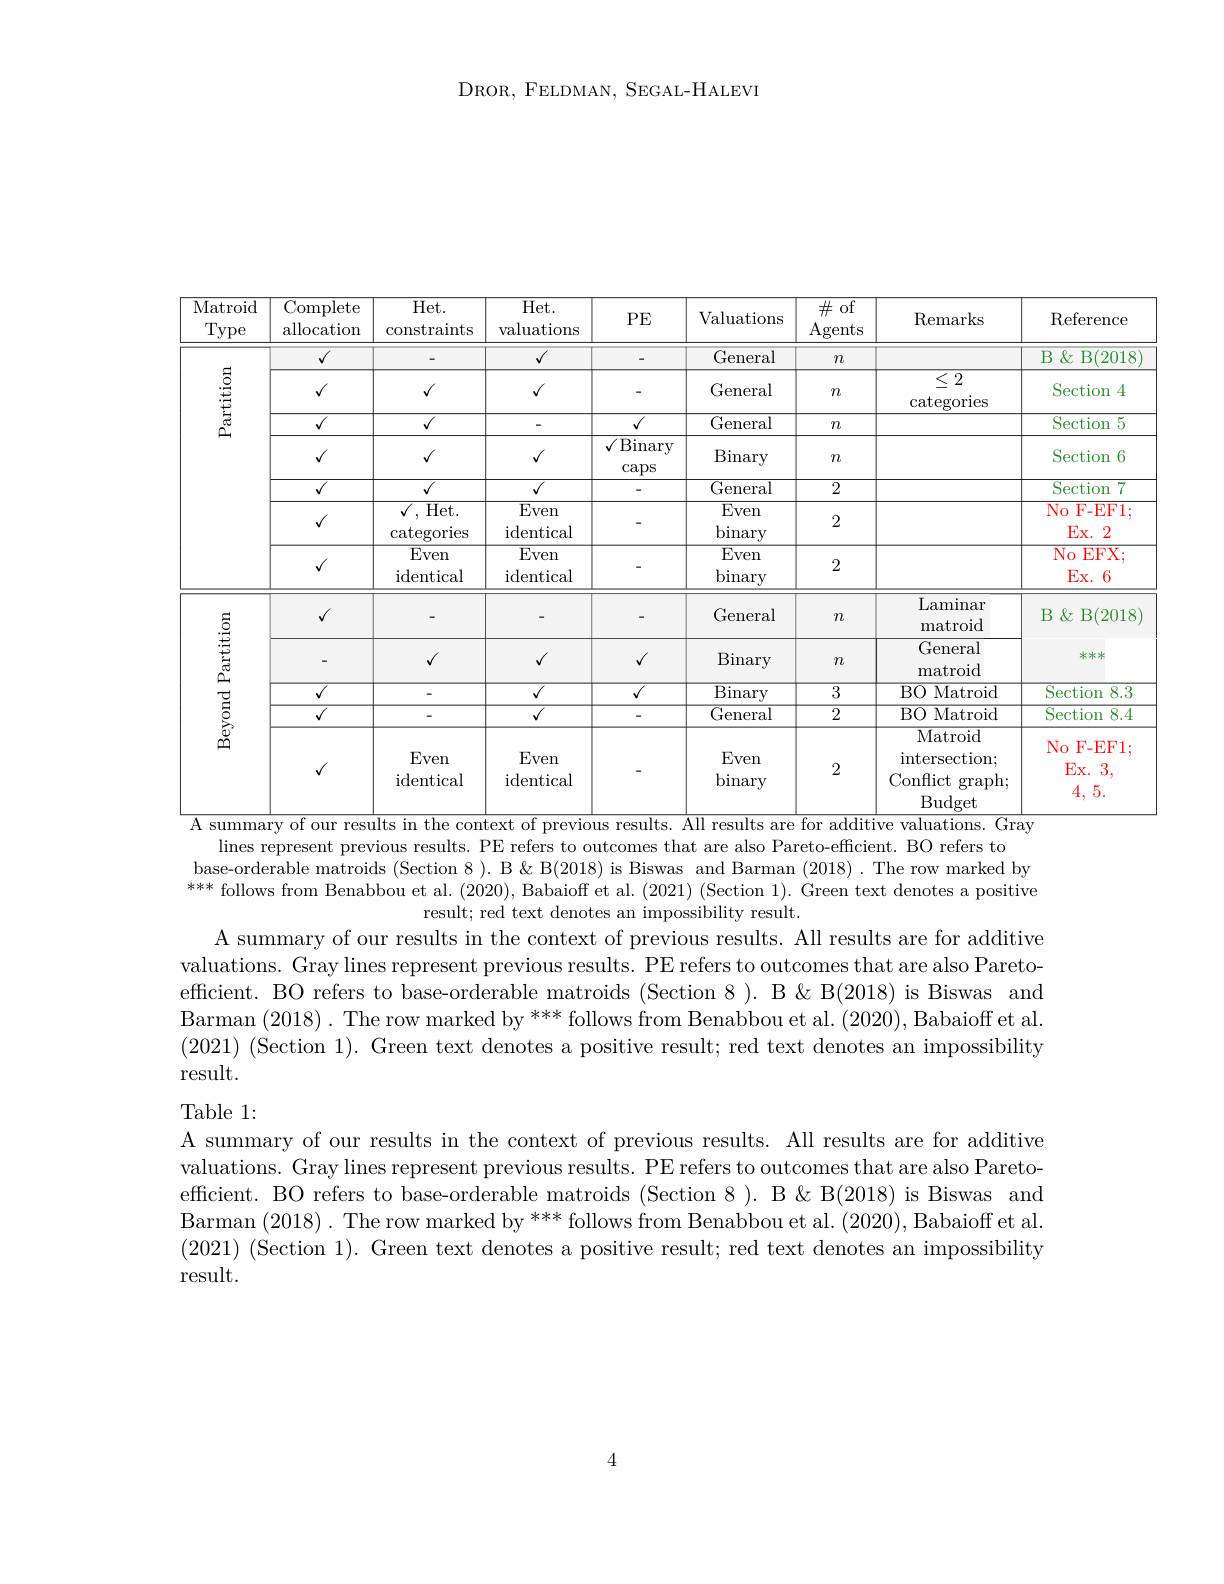
DROR, FELDMAN, SEGAL- HALEVI

<table>
	<tbody>
		<tr>
			<th>Matroid $\underline{\mathrm{Type}}$</th>
			<th>${\mathrm{Complete}}$ allocation</th>
			<th>Het. constraints</th>
			<th>${\mathrm{Het}}.$ valuations</th>
			<th>PE</th>
			<th>Valuations</th>
			<th>$\#$of $\underline{\mathrm{Agents}}$</th>
			<th>Remarks</th>
			<th>Ref$\epsilon$</th>
			<th>$\operatorname{Reference}$</th>
		</tr>
		<tr>
			<td rowspan="7">Partition</td>
			<td>$√$</td>
			<td>一</td>
			<td>$√$</td>
			<td> </td>
			<td>General</td>
			<td>$n$</td>
			<td> </td>
			<td>$\overline{\text{B }\&}$</td>
			<td>$B$ $\&$ B( 2018</td>
		</tr>
		<tr>
			<td>$√$</td>
			<td>$√$</td>
			<td>$√$</td>
			<td>-</td>
			<td>General</td>
			<td>$m$</td>
			<td>$\overline{\leq2}$ categories</td>
			<td>Sec</td>
			<td>Section 4</td>
		</tr>
		<tr>
			<td>$√$</td>
			<td>$\sqrt{v}$</td>
			<td> </td>
			<td>$\sqrt{\sqrt{1}}$</td>
			<td>${\mathrm{General}}$</td>
			<td>$n$</td>
			<td> </td>
			<td>$\overline{\mathrm{Sect}}$</td>
			<td>Section 5</td>
		</tr>
		<tr>
			<td>$√$</td>
			<td>$√$</td>
			<td>$√$</td>
			<td>${\sqrt{\mathrm{Binary}}}$ $\operatorname{caps}$</td>
			<td>Binary</td>
			<td>$m$</td>
			<td> </td>
			<td>Sec</td>
			<td>Section 6</td>
		</tr>
		<tr>
			<td>$\overline{{\sqrt{7}}}$</td>
			<td>$\overline{{\sqrt{1}}}$</td>
			<td>${\overline{{\sqrt{2}}}}$</td>
			<td> </td>
			<td>${\overline{{\mathrm{General}}}}$</td>
			<td>2</td>
			<td> </td>
			<td>$\overline{\mathrm{Sect}}$</td>
			<td>Section 7</td>
		</tr>
		<tr>
			<td>$√$</td>
			<td>Het. $\operatorname{categories}$</td>
			<td>Even $\operatorname{identical}$</td>
			<td> </td>
			<td>Even binary</td>
			<td>2</td>
			<td> </td>
			<td>$\overline{No}.$ 1 E</td>
			<td>No $F-EF1;$ $Ex.$ 2</td>
		</tr>
		<tr>
			<td>$√$</td>
			<td>Even $\operatorname{identical}$</td>
			<td>Even $\operatorname{identical}$</td>
			<td> </td>
			<td>$\overline{\mathrm{Even}}$ binary</td>
			<td>2</td>
			<td> </td>
			<td>$\overline{No}$ E</td>
			<td>$\overline{\text{EFX;}}$ $No$ $Ex.6$</td>
		</tr>
		<tr>
			<td rowspan="5">Beyond Partition</td>
			<td>$√$</td>
			<td>-</td>
			<td> </td>
			<td>-</td>
			<td>General</td>
			<td>$n$</td>
			<td>Laminar matroid</td>
			<td>$B\&$</td>
			<td>$B\&B(2018)$</td>
		</tr>
		<tr>
			<td>-</td>
			<td>$√$</td>
			<td>$√$</td>
			<td>$√$</td>
			<td>Binary</td>
			<td>$n$</td>
			<td>General matroid</td>
			<td> </td>
			<td>$k***$</td>
		</tr>
		<tr>
			<td>$\overline{V}$</td>
			<td> </td>
			<td>$\overline{{\sqrt{2}}}$</td>
			<td>$√$</td>
			<td>$\operatorname{Binary}$</td>
			<td>3</td>
			<td>$BO$ Matroid </td>
			<td>$\overline{\mathrm{Secti}}$</td>
			<td>Section 8.3</td>
		</tr>
		<tr>
			<td>$\overline{{\sqrt{1}}}$</td>
			<td> </td>
			<td>$\overline{{\sqrt{2}}}$</td>
			<td> </td>
			<td>$\overline{{\mathrm{General}}}$</td>
			<td>2</td>
			<td>$BO$ Matroid</td>
			<td>$\overline{\mathrm{Sect:}}$</td>
			<td>Section 8.4</td>
		</tr>
		<tr>
			<td>$√$</td>
			<td>Even $\operatorname{identical}$</td>
			<td>Even identical</td>
			<td> </td>
			<td>Even binary</td>
			<td>2</td>
			<td>Matroid $\operatorname{intersection};$ Conflict graph; Budget</td>
			<td>$No$ 1 Ex 4</td>
			<td>F- EF1; $No$ Ex. 3, 4,5.</td>
		</tr>
	</tbody>
</table>
summary
previous

lines represent previous results. PE refers to outcomes that are also Pareto-efficient. BO refers to
base-orderable matroids (Section 8 ). B &B(2018) is Biswas and Barman (2018) .The row marked by $^{\text{ **** follows from Benabbou et al. (2020), Babaioff et al.(2021)(Section 1). \`{G}reentextdenotes apositive}}$
result; red text denotes an impossibility result.
A summary of our results in the context of previous results. All results are for additive valuations. Gray lines represent previous results. PE refers to outcomes that are also Paretoefficient. BO refers to base-orderable matroids (Section 8 ). B &B(2018) is Biswas and Barman $(2018).\text{ The row marked by }^{****}$ follows from Benabbou et al. (2020), Babaioff et al. (2021) (Section 1). Green text denotes a positive result; red text denotes an impossibility result.

Table 1:

A summary of our results in the context of previous results. All results are for additive valuations. Gray lines represent previous results. PE refers to outcomes that are also Paretoefficient. BO refers to base-orderable matroids (Section 8). B&B(2018) is Biswas and Barman (2018). The row marked by *** follows from Benabbou et al. (2020),Babaioff et al. (2021) (Section 1). Green text denotes a positive result; red text denotes an impossibility result.